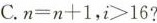
C.$$n = n + 1$$，$$i > 1 6$$？